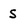
Character: S